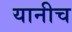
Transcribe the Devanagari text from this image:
यानीच